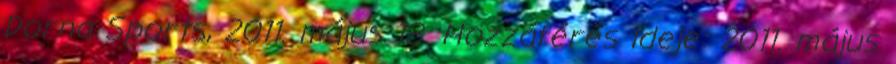
Dorna Sports, 2011. május 18. Hozzáférés ideje: 2011. május